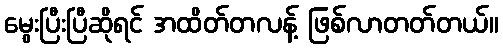
မွေးပြီးပြီဆိုရင် အထိတ်တလန့် ဖြစ်လာတတ်တယ်။